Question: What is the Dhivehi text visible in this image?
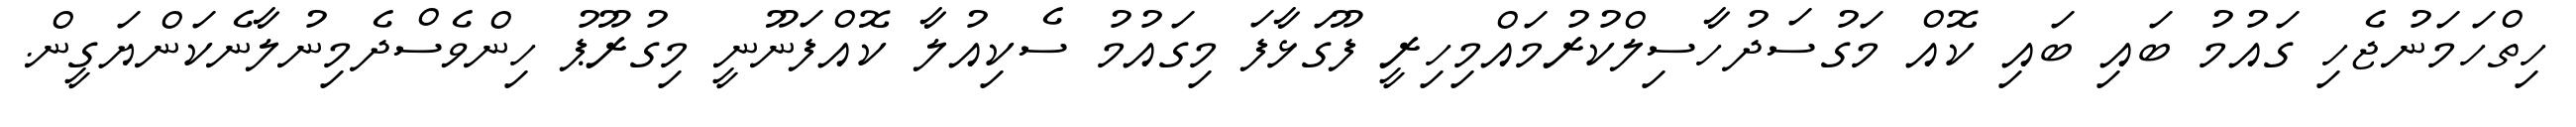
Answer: ހިތްހަމަނުޖެހި ގައުމު ބައި ބައި ކޮއް މަގުސަދުހާސިލްކުރުމައްމިހިރީ ފޫގަޅާފަ މިގައުމު ސެކިއުލާ ކޮއްފަނޫނީ މިގުރޫޕު ހިންވެސްދެމިނުލާނެކަންޔަގީން.